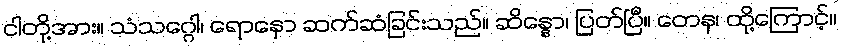
ငါတို့အား။ သံသဂ္ဂေါ၊ ရောနှော ဆက်ဆံခြင်းသည်။ ဆိန္နော၊ ပြတ်ပြီ။ တေန၊ ထို့ကြောင့်။